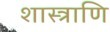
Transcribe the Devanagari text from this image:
शास्त्राणि